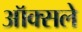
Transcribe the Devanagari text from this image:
ऑक्सले